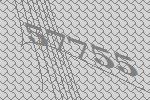
57755